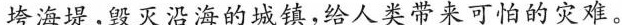
垮海堤，毁灭沿海的城镇，给人类带来可怕的灾难。